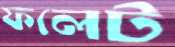
ফলেট